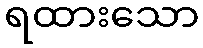
ရထားသော